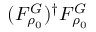
( F _ { \rho _ { 0 } } ^ { G } ) ^ { \dag } F _ { \rho _ { 0 } } ^ { G }